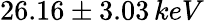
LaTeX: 26.16\pm 3.03\, keV